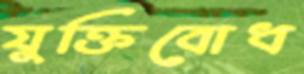
যুক্তিবোধ